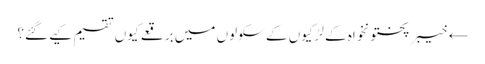
← خیبر پختونخواہ کے لڑکیوں کے سکولوں میں برقعے کیوں تقسیم کیے گئے؟